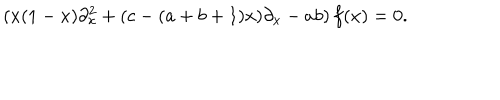
( x ( 1 - x ) \partial _ { x } ^ { 2 } + ( c - ( a + b + 1 ) x ) \partial _ { x } - a b ) \, f ( x ) = 0 .